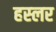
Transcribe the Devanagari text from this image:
हस्‍लर